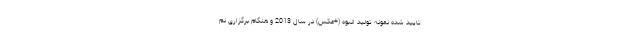
تایید شده نمونه تولید انبوه (+عکس) در سال 2013 و هنگام برگزاری نم